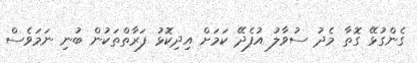
ގެންގުޅޭ ގޮތާ މެދު ސުވާލު އުފެދޭ ކަމަށް އިދިކޮޅު ފަރާތްތަކުން ބުނި ނަމަވެސް